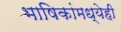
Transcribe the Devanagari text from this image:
भाषिकांमध्येही